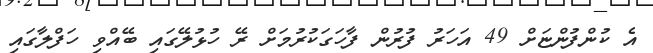
އެ ކުންފުންޏަށް 49 އަހަރު ފުރުން ފާހަގަކުރުމަށް ރޭ ހުޅުލޭގައި ބޭއްވި ހަފްލާގައި